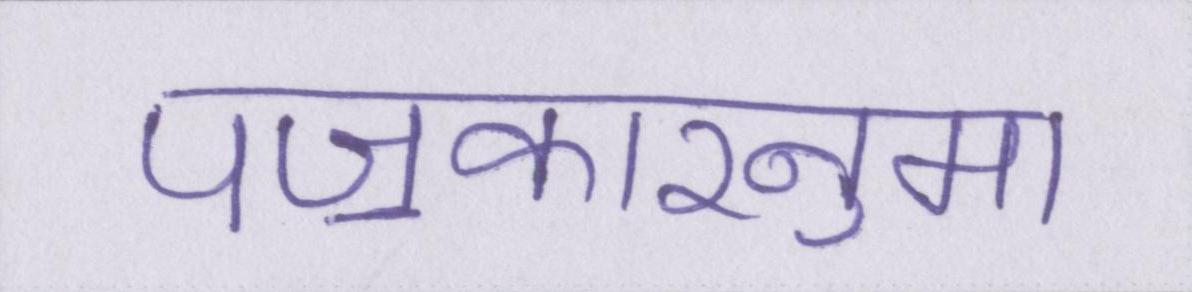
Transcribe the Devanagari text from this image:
पॼकारनुमा